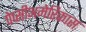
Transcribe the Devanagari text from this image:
पेप्सीअमेरिकास